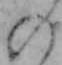
の